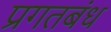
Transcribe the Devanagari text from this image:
प्रगतबंध